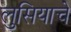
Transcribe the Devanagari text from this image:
लुसियाचे